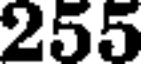
255